Document type: Sale
Year: 1461
Scribe: [Unknown]
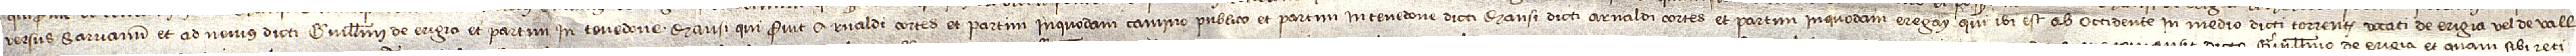
versus Sarrianum et ad nemus dicti Guillelmi de Erigia, et partim in tenedone mansi qui fuit Arnaldi Cortes, et partim in quodam camino publico, et partim in tenedone dicti mansi dicti Arnaldi Cortes, et partim in quodam eregay qui ibi est; ab occidente in medio dicti torrentis vocati de Erigia vel de vall